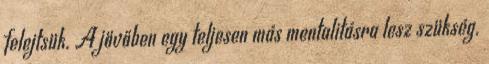
felejtsük. A jövőben egy teljesen más mentalitásra lesz szükség.